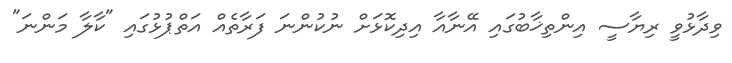
ވިދާޅުވީ ރިޔާސީ އިންތިޚާބުގައި އޭނާއާ އިދިކޮޅަށް ނުކުންނަ ފަރާތެއް އަތްޕުޅުގައި "ކާލާ މަންނަ"